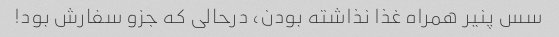
سس پنیر همراه غذا نذاشته بودن، درحالی که جزو سفارش بود!